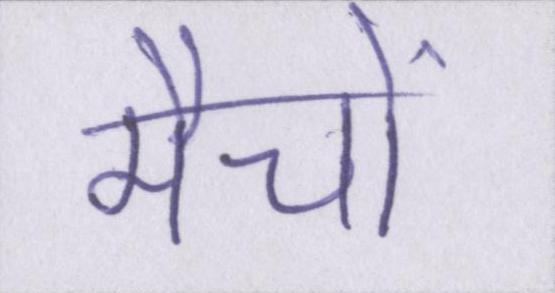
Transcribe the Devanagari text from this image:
मैचों